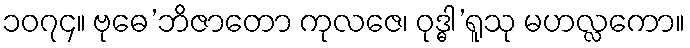
၁၀၇၄။ ဗုဓေ’ဘိဇာတော ကုလဇေ၊ ဝုဒ္ဓါ’ရူသု မဟလ္လကော။